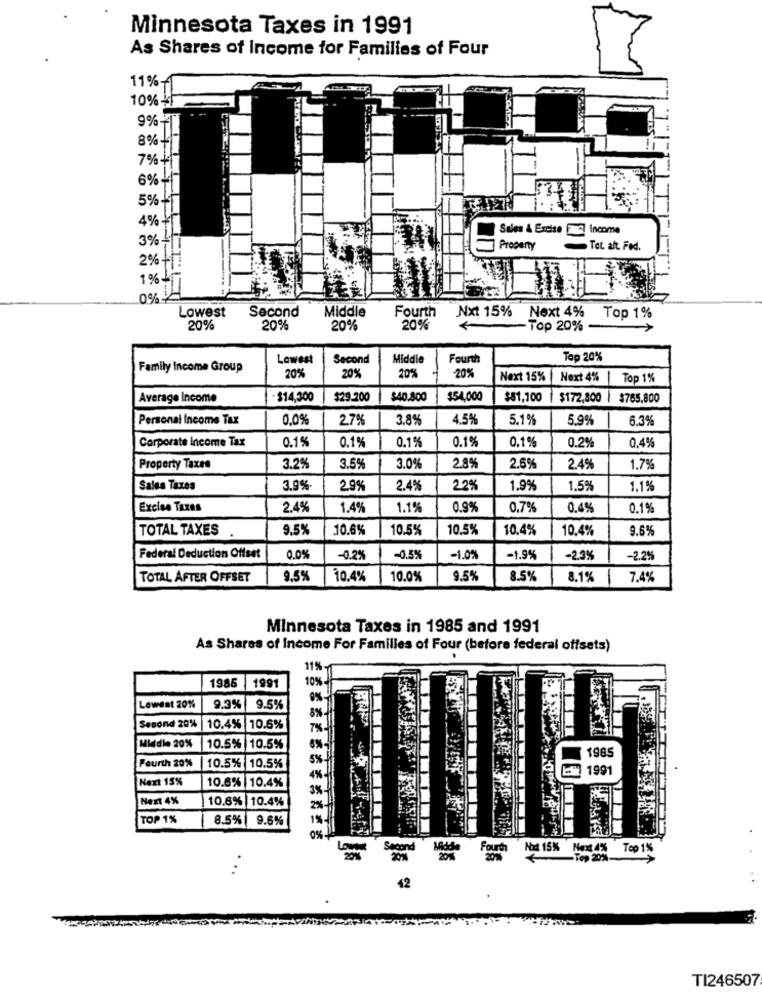
Minnesota Taxes in 1991
As Shares of Income for Families of Four
11%-
10% +f
9% -
8% !
7% +
6% +
5% +1
4% +
Sales & Excise ES Income
3%!
Property
Tot. alt Fed.
2%
1%
0%-
Second
Middle
Fourth
Nxt 15%
Lowest
Next 4%
Top 1%
20%
20%
20%
20%
- Top 20%
Lowest
Second
Middle
Fourth
Top 20%
Family Income Group
20%
20%
20%
20%
Next 15%
Next 4%
Top 1%
Average Income
$14,300
$29.200
$40.800
$54,000
$81,100 | $172,800 | $765,800
Personal Income Tax
0,0%
2.7%
3.8%
4.5%
5.1%
5.9%
6.3%
Corporate Income Tax
0.1%
0.1%
0.1%
0.1%
0.2%
0.4%
0.1%
Property Taxes
3.2%
3.5%
3.0%
2.8%
2.5%
2.4%
1.7%
Sales Taxes
3.9%
2.9%
2.4%
22%
1.9%
1.5%
1.1
Excise Taxes
2.4%
1.49
1.1%
0.9%
0.7%
0.4%
0.1%
TOTAL TAXES
9.5%
10.6%
10.5%
10.5%
10.4%
10.4%
9.6%
Federal Deduction Offset
0.0%
-0.2%
-0.5%
-1.0%
-1.9%
-23%
-2.2%
TOTAL AFTER OFFSET
9,5%
10.4%
10.0%
9.5%
8.5%
8.1%
7.4%
Minnesota Taxes in 1985 and 1991
As Shares of Income For Families of Four (before federal offsets)
11%
10%
1986
1991
Lowest 20%
9.3%
9.5%
8%
Second 20%
10.4%
10.6%
7%
Middle 20%
10.5% 10.5%
6%
1985
5%
Fourth 20%
|10.5% 10.5%
EN 1991
Next 15%
10.6% 10.4%
Nent 4%
10.8% |10.4%
TOP 1%
8.5% | 9.6%
Second
Middle
Fourth Nod 15%
Next 4% Top 1%
Low
-Top 20%-
:
42
TI246507